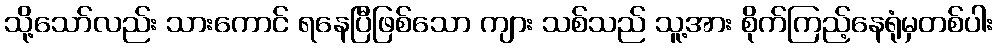
သို့သော်လည်း သားကောင် ရနေပြီဖြစ်သော ကျား သစ်သည် သူ့အား စိုက်ကြည့်နေရုံမှတစ်ပါး